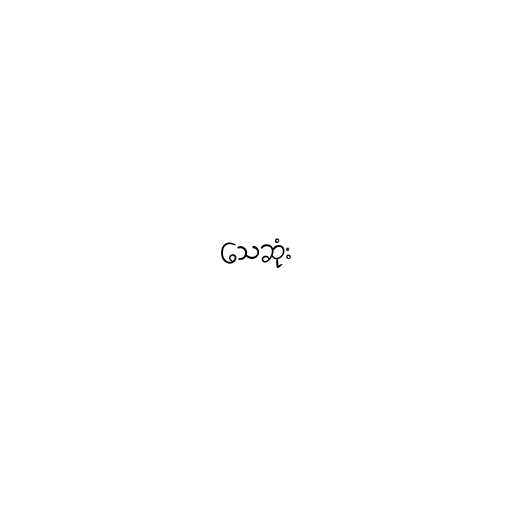
သေဆုံး